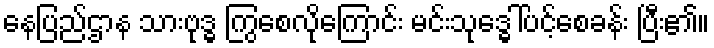
နေပြည်ဌာန သားဗုဒ္ဓ ကြွစေလိုကြောင်း မင်းသုဒ္ဓေါ်ပင့်စေခန်း ပြီး၏။